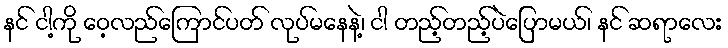
နင် ငါ့ကို ဝေ့လည်ကြောင်ပတ် လုပ်မနေနဲ့၊ ငါ တည့်တည့်ပဲပြောမယ်၊ နင် ဆရာလေး